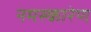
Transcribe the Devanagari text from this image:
नमस्कारेण